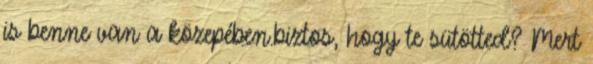
is benne van a közepében.biztos, hogy te sütötted? Mert